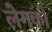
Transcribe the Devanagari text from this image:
लेगको